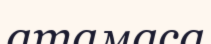
атамаса